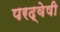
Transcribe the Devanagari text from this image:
परद्वेषी